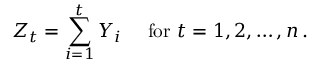
Z _ { t } = \sum _ { i = 1 } ^ { t } Y _ { i } \quad { \mathrm { ~ f o r ~ } } t = 1 , 2 , \dots , n \, .